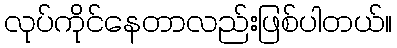
လုပ်ကိုင်နေတာလည်းဖြစ်ပါတယ်။